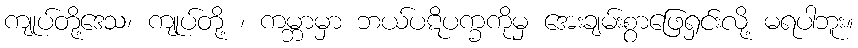
ကျုပ်တို့ဒေသ၊ ကျုပ်တို့ ၊ ကမ္ဘာမှာ ဘယ်ပဋိပက္ခကိုမှ အေးချမ်းစွာဖြေရှင်းလို့ မရပါဘူး။